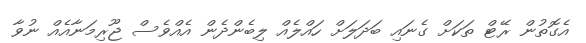
އެގޮތުން ރޭޓް ތަކަށް ގެނައި ބަދަލަށް ހައްލެއް ލިބެންދެން އެއްވެސް ޖޫރިމަނާއެއް ނުވާ